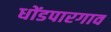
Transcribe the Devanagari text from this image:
धोंडपारगाव